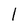
Character: 1